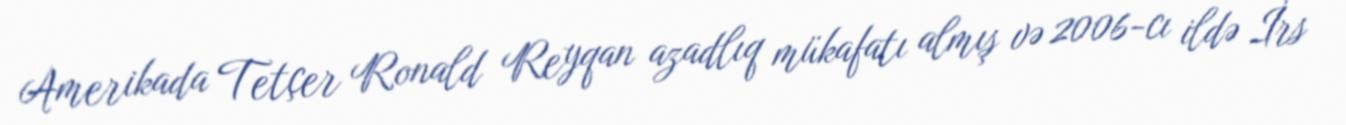
Amerikada Tetçer Ronald Reyqan azadlıq mükafatı almış və 2006-cı ildə İrs